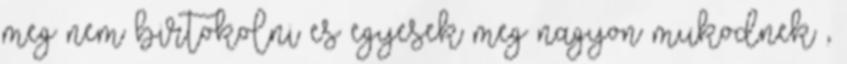
meg nem birtokolni es egyesek meg nagyon mukodnek ,